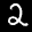
Label: 2